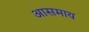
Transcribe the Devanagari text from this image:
आसमाय